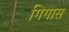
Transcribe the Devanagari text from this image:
गिगास